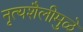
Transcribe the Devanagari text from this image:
नृत्यशैलीमुळे